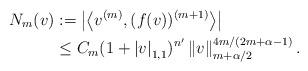
LaTeX: \begin{align*} N_m(v) &:=\left| \left\langle v^{(m)}, (f(v))^{(m+1)} \right\rangle\right|\\ & \leq C_m (1+\left|v\right|_{1,1} )^{n'} \left\|v\right\|_{m+\alpha/2}^{4m/(2m+\alpha-1)}.\end{align*}